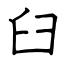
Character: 臼